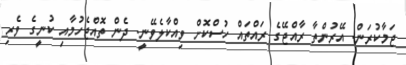
ޖަމާކުރަން. އޭރުންތާ ރާއްޖޭގެ ރައްތައް ހުސްކޮށް ވިއްކާލެވޭނީ. ދެން ތޮއްޖެހުމާއި ކުނީގެ ވެރި